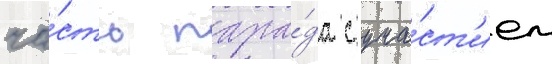
ча́сть пара́да с уча́ст'ием